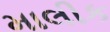
માલીક